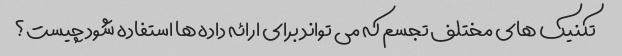
تکنیک های مختلف تجسم که می تواند برای ارائه داده ها استفاده شود چیست؟